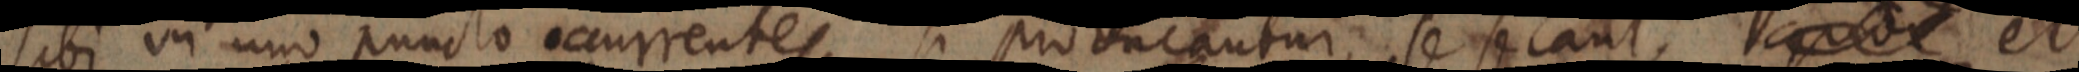
sibi in uno puncto occurrentes si producantur, se secant, quod et